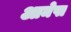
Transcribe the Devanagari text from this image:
आमेषा